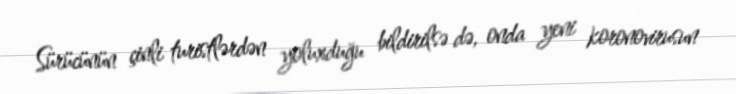
Sürücünün çinli turistlərdən yoluxduğu bildirilsə də, onda yeni koronovirusun